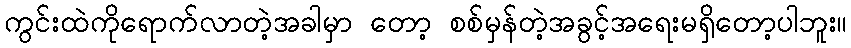
ကွင်းထဲကိုရောက်လာတဲ့အခါမှာ တော့ စစ်မှန်တဲ့အခွင့်အရေးမရှိတော့ပါဘူး။